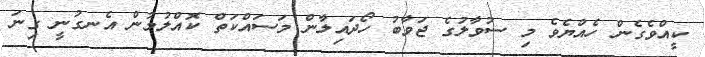
ކީއްވެގެން ހެއްޔެވެ މި ސުވާލުގެ ޖަވާބު ހޯދައިލާން މަސައްކަތް ކޮއްލުމުން އެނގުނީ ގިނަ